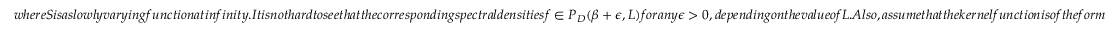
w h e r e S i s a s l o w l y v a r y i n g f u n c t i o n a t i n f i n i t y . I t i s n o t h a r d t o s e e t h a t t h e c o r r e s p o n d i n g s p e c t r a l d e n s i t i e s f \in { \cal P } _ { D } ( \beta + \epsilon , L ) f o r a n y \epsilon > 0 , d e p e n d i n g o n t h e v a l u e o f L . A l s o , a s s u m e t h a t t h e k e r n e l f u n c t i o n i s o f t h e f o r m